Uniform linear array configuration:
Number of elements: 16
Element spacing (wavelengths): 0.25
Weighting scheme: cosine
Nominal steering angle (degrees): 15
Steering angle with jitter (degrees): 13.937
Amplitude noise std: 0.05
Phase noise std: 0.05

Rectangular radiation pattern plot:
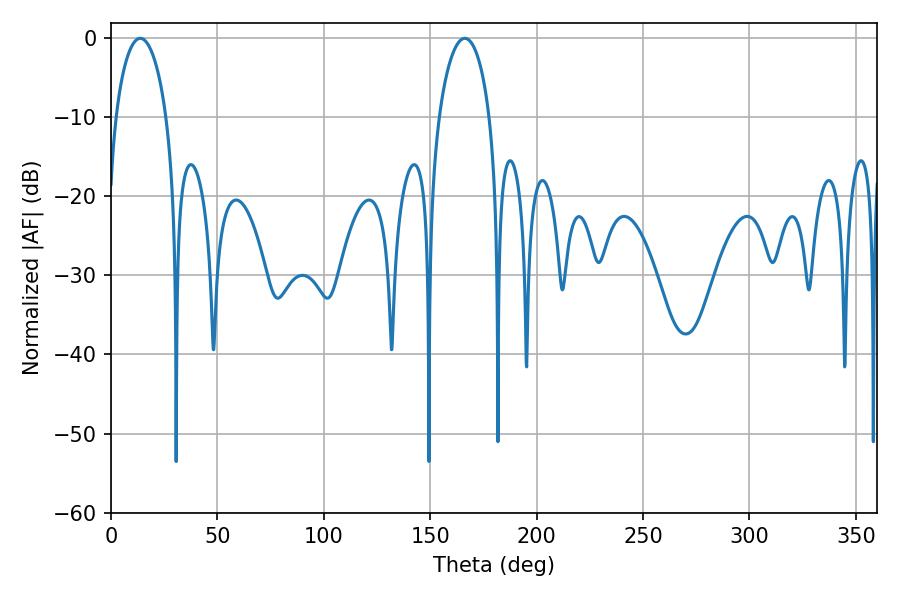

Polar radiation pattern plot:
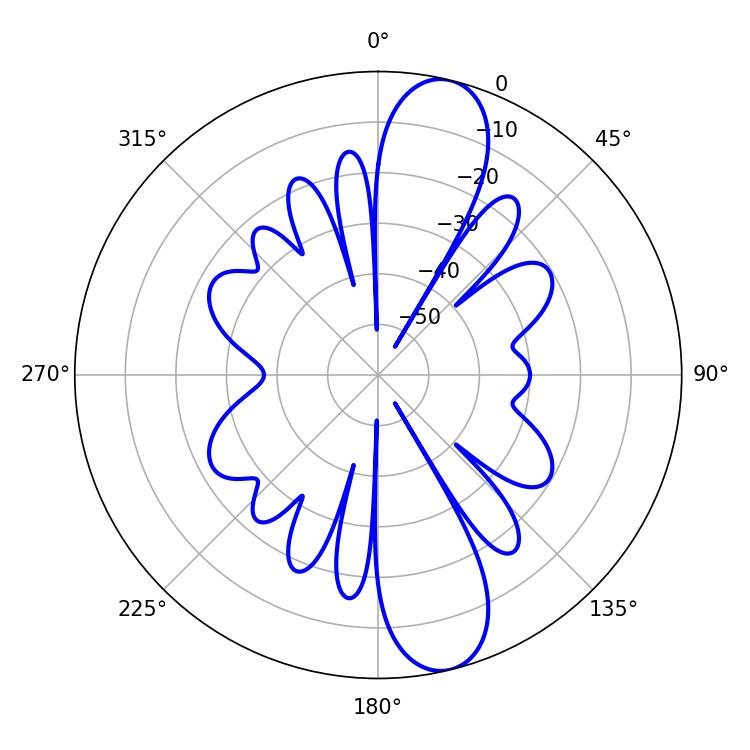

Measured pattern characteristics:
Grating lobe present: FALSE
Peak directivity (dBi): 12.207
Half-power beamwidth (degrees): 13.68
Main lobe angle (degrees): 13.68